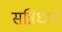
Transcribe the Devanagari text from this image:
सन्निधाने